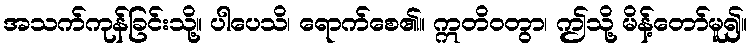
အသက်ကုန်ခြင်းသို့။ ပါပေသိ၊ ရောက်စေ၏။ ဣတိဝတွာ၊ ဤသို့ မိန့်တော်မူ၍။